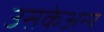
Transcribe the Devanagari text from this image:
उसकेअन्य